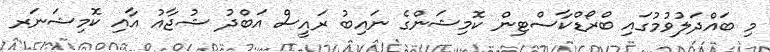
މި ބައްދަލުވުމުގައި ބްރޯޑްކާސްޓިން ކޮމިޝަންގެ ނައިބު ރައީސް އަބްދު ޝުޖާއު އާއި ކޮމިޝަނަރ